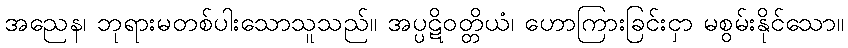
အညေန၊ ဘုရားမတစ်ပါးသောသူသည်။ အပ္ပဋိဝတ္တိယံ၊ ဟောကြားခြင်းငှာ မစွမ်းနိုင်သော။